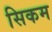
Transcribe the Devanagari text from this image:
सिकम